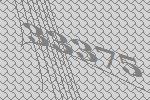
33375